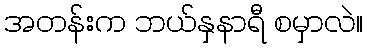
အတန်းက ဘယ်နှနာရီ စမှာလဲ။